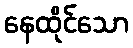
နေထိုင်သော